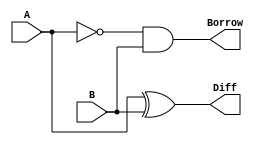
module half_subtractor (input A,input B,output Diff,output Borrow);
	assign Diff = A ^ B; // Difference output
	assign Borrow = ~A & B; // Borrow
endmodule